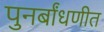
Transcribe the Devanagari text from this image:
पुनर्बांधणीत